65_HS1-834228961_62-HQ-83894_Section_9
Agency: FBI
Page 127
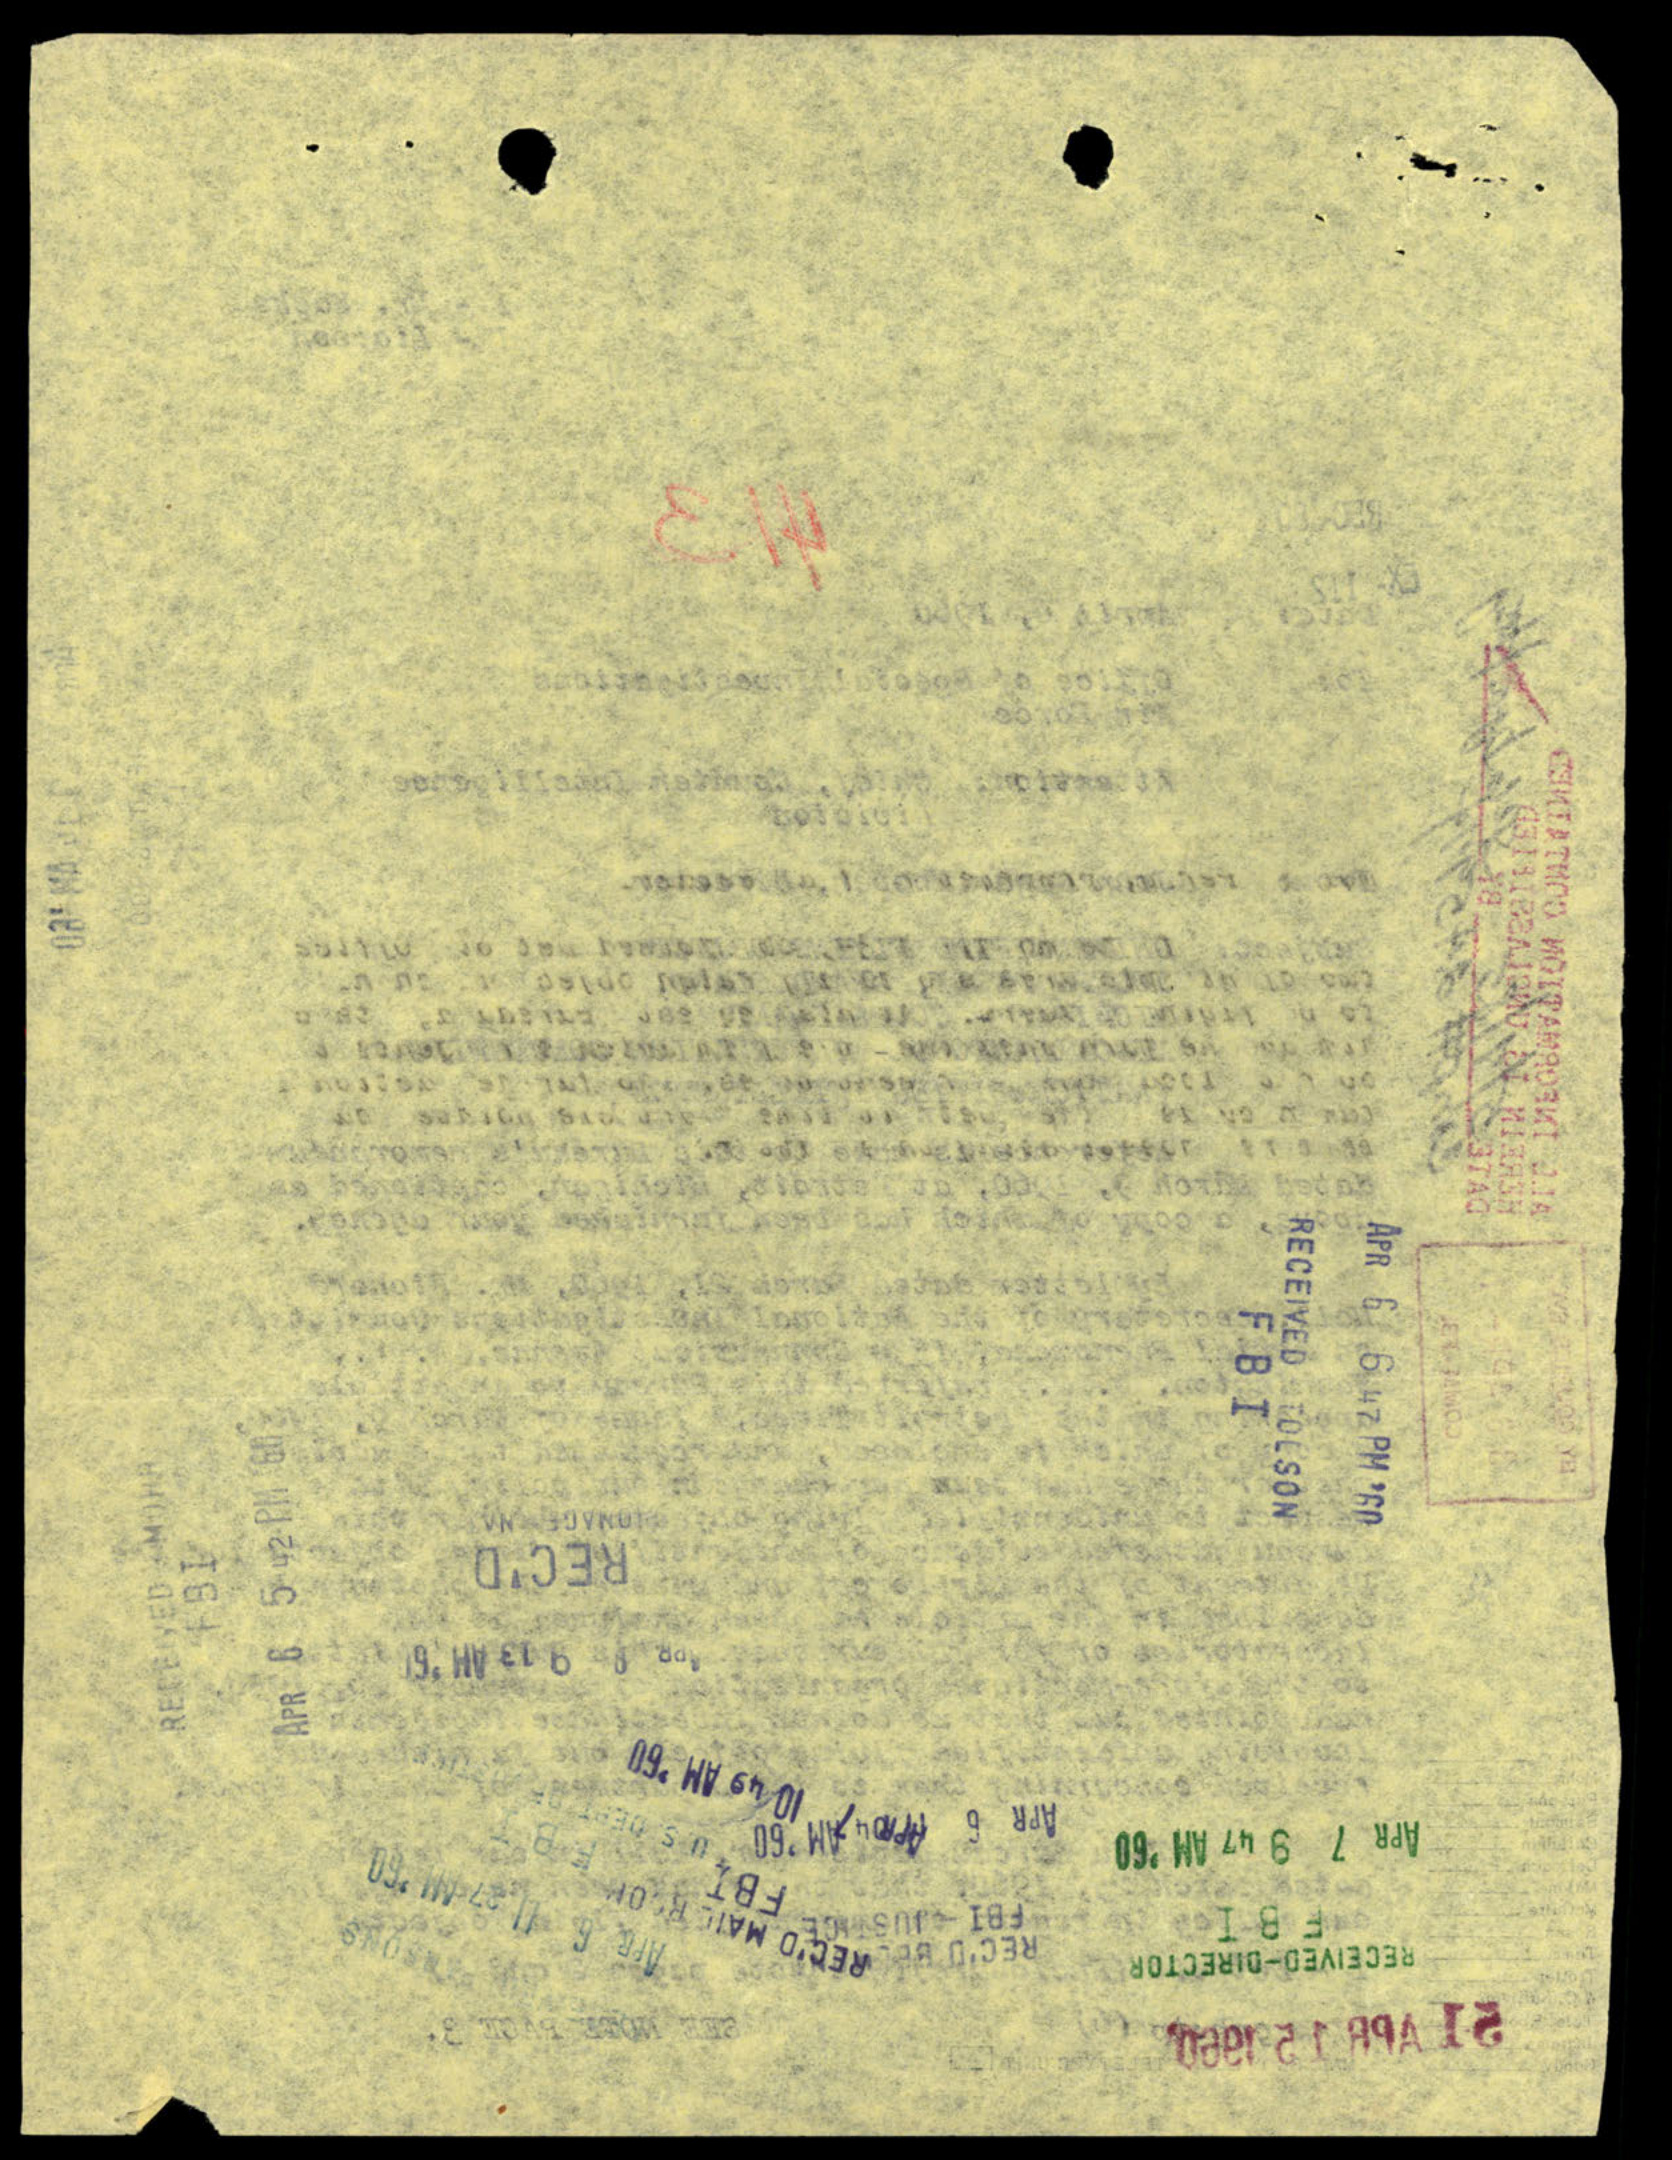